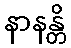
နာနန္တိ